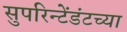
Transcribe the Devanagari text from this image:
सुपरिन्टेंडंटच्या